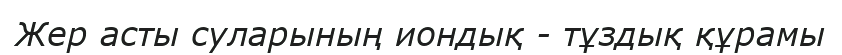
Жер асты суларының иондық - тұздық құрамы